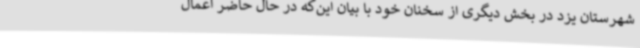
شهرستان یزد در بخش دیگری از سخنان خود با بیان این‌که در حال حاضر اعمال